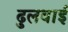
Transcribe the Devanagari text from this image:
ढुलवाई